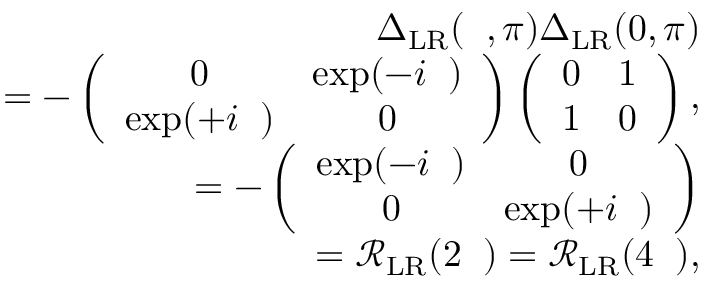
\begin{array} { r l r } & { } & { { \Delta } _ { \mathrm { L R } } ( { \it \Delta \phi } , \pi ) { \Delta } _ { \mathrm { L R } } ( 0 , \pi ) } \\ & { } & { = - \left( \begin{array} { c c } { 0 } & { \exp ( - i { \it \Delta \phi } ) } \\ { \exp ( + i { \it \Delta \phi } ) } & { 0 } \end{array} \right) \left( \begin{array} { c c } { 0 } & { 1 } \\ { 1 } & { 0 } \end{array} \right) , } \\ & { } & { = - \left( \begin{array} { c c } { \exp ( - i { \it \Delta \phi } ) } & { 0 } \\ { 0 } & { \exp ( + i { \it \Delta \phi } ) } \end{array} \right) } \\ & { } & { = \mathcal { R } _ { \mathrm { L R } } ( 2 { \it \Delta \phi } ) = \mathcal { R } _ { \mathrm { L R } } ( 4 { \it \Delta \Psi } ) , } \end{array}